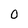
Character: 0